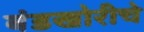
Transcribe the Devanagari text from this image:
बंडखोरीचे